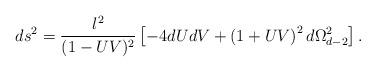
LaTeX: \begin{align*}ds^2 = \frac{l^2}{(1-UV)^2}\left[- 4dUdV+ \left( {1 + UV} \right) ^2 d\Omega _{d-2} ^2\right] .\end{align*}